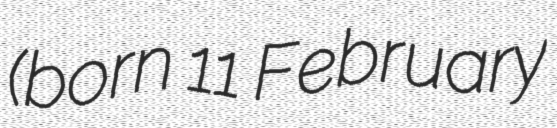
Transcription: (born 11 February